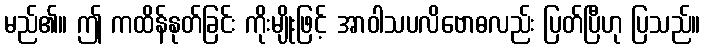
မည်၏။ ဤ ကထိန်နုတ်ခြင်း ကိုးမျိုးဖြင့် အာဝါသပလိဗောဓလည်း ပြတ်ပြီဟု ပြသည်။